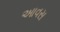
આવસ